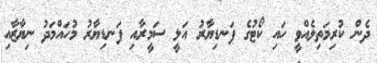
ދެން ކުރިމަތިލެއްވީ ހައި ކޯޓުގެ ފަނޑިޔާރު އަލީ ސަމީރާއި ފަނޑިޔާރު މުހައްމަދު ނިޔާޒާއި